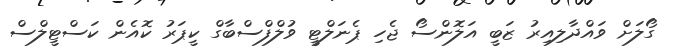
ގޯލަށް ވައްދާލިއިރު ޒަބީ އަލޮންސޯ ޖެހި ޕެނަލްޓީ ވުލްފްސްބާގް ކީޕަރު ކޮއެން ކަސްޓީލްސް